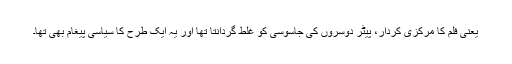
یعنی فلم کا مرکزی کردار، پیٹر دوسروں کی جاسوسی کو غلط گردانتا تھا اور یہ ایک طرح کا سیاسی پیغام بھی تھا۔